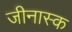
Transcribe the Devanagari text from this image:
जीनास्‍क